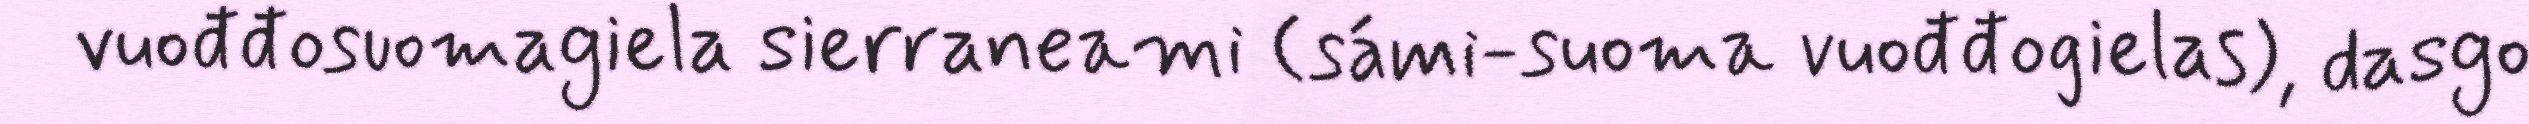
vuođđosuomagiela sierraneami (sámi-suoma vuođđogielas), dasgo